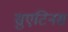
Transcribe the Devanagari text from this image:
सुएटिनस